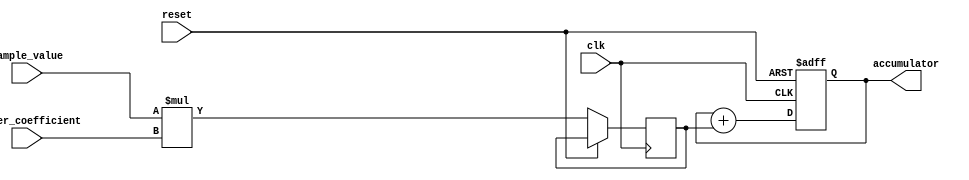
module FIR_accumulator
(
    input clk,
    input reset,
    input [15:0] sample_value,
    input [7:0] filter_coefficient,
    output reg [31:0] accumulator
);

reg [15:0] product;

always @(posedge clk or posedge reset)
begin
    if (reset)
        accumulator <= 0;
    else
    begin
        product <= sample_value * filter_coefficient;
        accumulator <= accumulator + product;
    end
end

endmodule